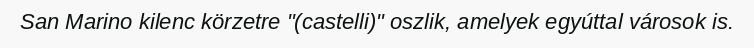
San Marino kilenc körzetre "(castelli)" oszlik, amelyek egyúttal városok is.